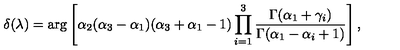
\delta ( \lambda ) = \arg \left[ \alpha _ { 2 } ( \alpha _ { 3 } - \alpha _ { 1 } ) ( \alpha _ { 3 } + \alpha _ { 1 } - 1 ) \prod _ { i = 1 } ^ { 3 } \frac { \Gamma ( \alpha _ { 1 } + \gamma _ { i } ) } { \Gamma ( \alpha _ { 1 } - \alpha _ { i } + 1 ) } \right] ,